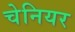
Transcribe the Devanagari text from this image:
चेनियर